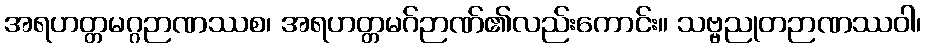
အရဟတ္တမဂ္ဂဉာဏဿစ၊ အရဟတ္တမဂ်ဉာဏ်၏လည်းကောင်း။ သဗ္ဗညုတဉာဏဿဝါ၊